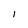
Character: I